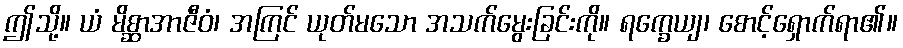
ဤသို့။ ယံ မိစ္ဆာအာဇီဝံ၊ အကြင် ယုတ်မသော အသက်မွေးခြင်းကို။ ရက္ခေယျ၊ စောင့်ရှောက်ရာ၏။